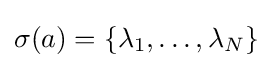
\sigma (a)=\{\lambda _{1},\dots ,\lambda _{N}\}